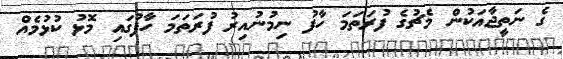
ގެ ނަތީޖާއަކުން މެޗުގެ ފުރަތަމަ ހާފު ނިމުނުއިރު ފުރަތަމަ ހާފުގައި މޮޅު ކުޅުމެއް